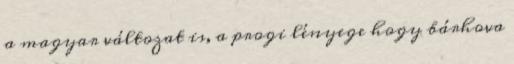
a magyar változat is, a progi lényege hogy bárhova